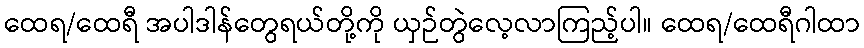
ထေရ/ထေရီ အပါဒါန်တွေရယ်တို့ကို ယှဉ်တွဲလေ့လာကြည့်ပါ။ ထေရ/ထေရီဂါထာ